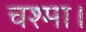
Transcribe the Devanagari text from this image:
चश्मा।